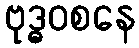
ဗုဒ္ဓဝစနေ